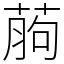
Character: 葋